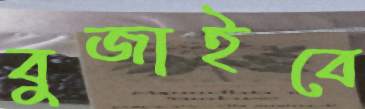
বুজাইবে